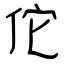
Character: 佗